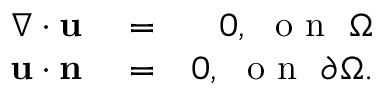
\begin{array} { r l r } { \nabla \cdot \mathbf { u } } & { { } = } & { 0 , \ \mathrm { ~ o ~ n ~ } \ \Omega } \\ { \mathbf { u } \cdot \mathbf { n } } & { { } = } & { 0 , \ \mathrm { ~ o ~ n ~ } \ \partial \Omega . } \end{array}